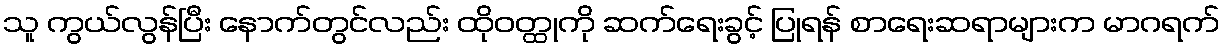
သူ ကွယ်လွန်ပြီး နောက်တွင်လည်း ထိုဝတ္ထုကို ဆက်ရေးခွင့် ပြုရန် စာရေးဆရာများက မာဂရက်